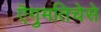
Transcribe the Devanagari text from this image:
ऎगुमतिचेसे